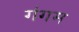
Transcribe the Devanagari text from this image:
गंगम